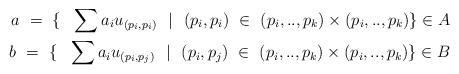
LaTeX: \begin{align*} a ~=~ \{ ~~ \sum a_i u_{(p_i,p_i)} ~~ \vert ~~ (p_i,p_i)~\in ~(p_i,..,p_k) \times(p_i,..,p_k) \} \in A \\ b~ = ~\{ ~~ \sum a_i u_{(p_i,p_j)} ~~ \vert ~~ (p_i,p_j)~ \in ~(p_i,..,p_k) \times(p_i,..,p_k) \} \in B\end{align*}